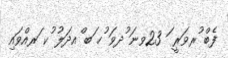
ފެބް ުރވަރީ ަ 23ވނަ ުދވަ ުހ ަބ ްއދަލު ުކ ަރއްވައި